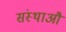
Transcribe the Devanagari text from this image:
संस्थाऔं